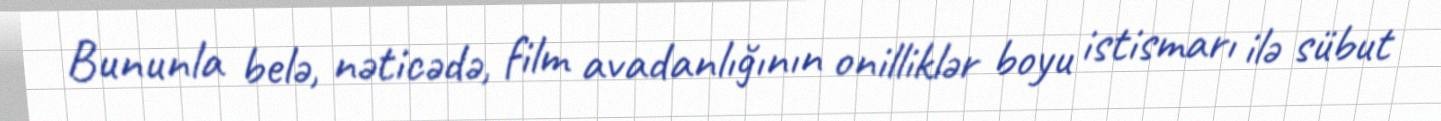
Bununla belə, nəticədə, film avadanlığının onilliklər boyu istismarı ilə sübut